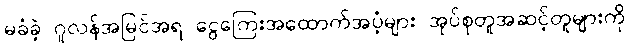
မခံခဲ့ ဂူလန်အမြင်အရ ငွေကြေးအထောက်အပံ့များ အုပ်စုတူအဆင့်တူများကို